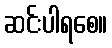
ဆင်းပါရစေ။